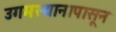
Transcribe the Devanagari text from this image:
उगमस्थानापासून